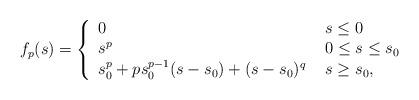
LaTeX: \begin{align*}f_p(s)=\left\{ \begin{array}{ll}0 \ & s\leq 0 \\s^p \ & 0\leq s\leq s_0 \\s_0^p+p s_0^{p-1}(s-s_0) +(s-s_0)^q \ & s\geq s_0,\end{array}\right.\end{align*}